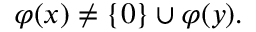
\varphi ( x ) \neq \{ 0 \} \cup \varphi ( y ) .